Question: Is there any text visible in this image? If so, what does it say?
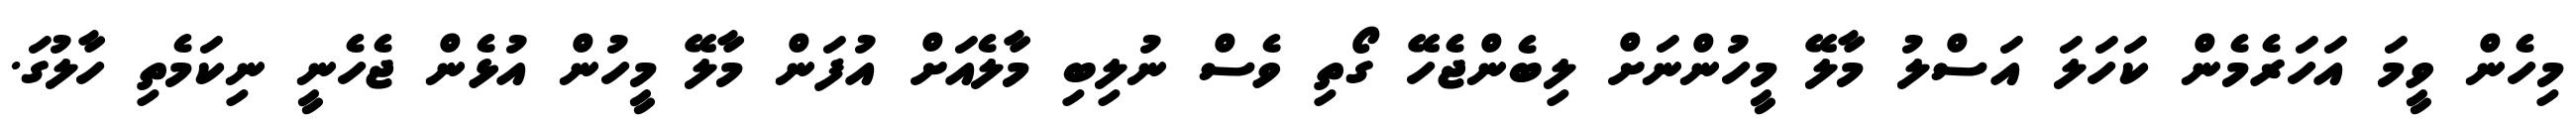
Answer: މިހެން ވީމަ އަހަރެމެން ކަހަލަ އަސްލު މާލޭ މީހުންނަށް ލިބެންޖެހޭ ގޯތި ވެސް ނުލިބި މާލެއަށް އުފަން މާލޭ މީހުން އުޅެން ޖެހެނީ ނިކަމެތި ހާލުގަ.